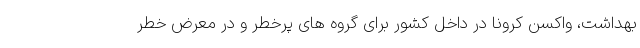
بهداشت، واکسن کرونا در داخل کشور برای گروه های پرخطر و در معرض خطر